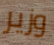
وزير